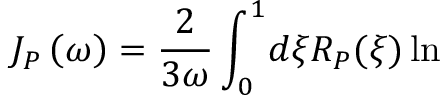
J _ { P } \left( \omega \right) = \frac { 2 } { 3 \omega } \int _ { 0 } ^ { 1 } \! d \xi R _ { P } ( \xi ) \ln